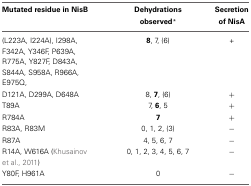
| Mutated residue in NisB | Dehydrations observed* | Secretion of NisA |
 | --- | --- | --- |
 | (L223A, I224A), I298A, F342A, Y346F, P639A, R775A, Y827F, D843A, S844A, S958A, R966A, E975Q, | 8, 7, (6) | + |
 | D121A, D299A, D648A | 8, 7, (6) | + |
 | T89A | 7, 6, 5 | + |
 | R784A | 7 | + |
 | R83A, R83M | 0, 1, 2, (3) | − |
 | R87A | 4, 5, 6, 7 | − |
 | R14A, W616A (Khusainov et al., 2011) | 0, 1, 2, 3, 4, 5, 6, 7 | − |
 | Y80F, H961A | 0 | − |